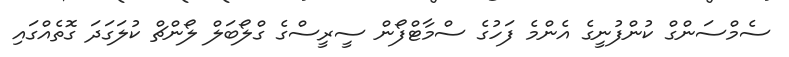
ސެމްސަންގް ކުންފުނީގެ އެންމެ ފަހުގެ ސްމާޓްފޯން ސީރީސްގެ ގްލޯބަލް ލޯންޗް ކުލަގަދަ ގޮތެއްގައި